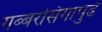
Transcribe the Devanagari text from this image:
गब्बरसिंगापुढे